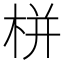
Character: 栟